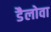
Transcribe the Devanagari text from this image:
डैलोवा